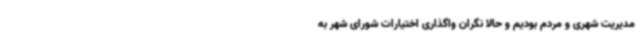
مدیریت شهری و مردم بودیم و حالا نگران واگذاری اختیارات شورای شهر به